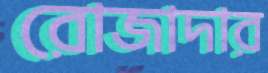
রোজাদার